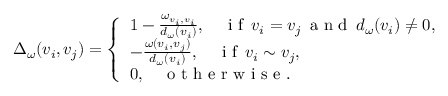
\Delta _ { \omega } ( v _ { i } , v _ { j } ) = \left\{ \begin{array} { l l } { 1 - \frac { \omega _ { v _ { i } , v _ { i } } } { d _ { \omega } ( v _ { i } ) } , \quad \mathrm { ~ i ~ f ~ } \, v _ { i } = v _ { j } \, \mathrm { ~ a ~ n ~ d ~ } \, d _ { \omega } ( v _ { i } ) \neq 0 , } \\ { - \frac { \omega ( v _ { i } , v _ { j } ) } { d _ { \omega } ( v _ { i } ) } , \quad \mathrm { ~ i ~ f ~ } \, v _ { i } \sim v _ { j } , } \\ { 0 , \quad \mathrm { ~ o ~ t ~ h ~ e ~ r ~ w ~ i ~ s ~ e ~ } . } \end{array} \right.